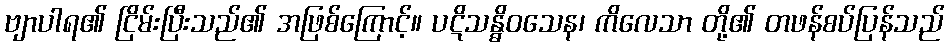
ဗျာပါရ၏ ငြိမ်းပြီးသည်၏ အဖြစ်ကြောင့်။ ပဋိသန္ဓိဝသေန၊ ကိလေသာ တို့၏ တဖန်စပ်ပြန်သည်